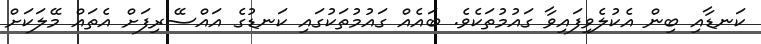
ކަނޑާއި ބިން އެކުލެވިފައިވާ ގައުމުތަކެވެ. ބައެއް ގައުމުތަކުގައި ކަނޑުގެ އައްސޭރިފަށް އެތައް މޭލަކަށް